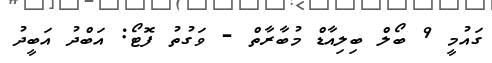
ގައުމީ 9 ބޯލް ބިލިއާޑް މުބާރާތް - ވަގުތު ފޮޓޯ: އަބްދު އަބީދު